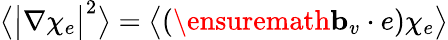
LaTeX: \bigl\langle\bigl|\nabla\chi_{e}\bigr|^{2}\bigr\rangle=\bigl\langle(\ensuremath{\mathbf{b}}_{v}\cdot e)\chi_{e}\bigr\rangle